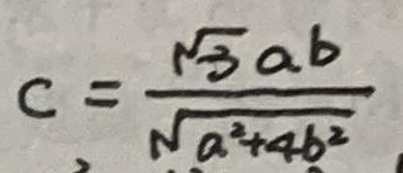
$c = \frac{\sqrt{3}ab}{\sqrt{a^{2}+4b^{2}}}$